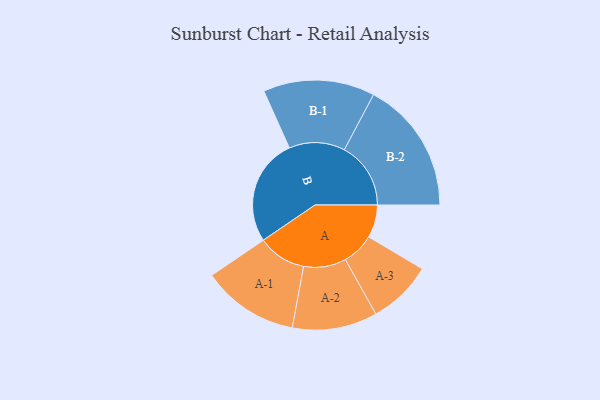
{"axis": {"x": "Segment", "y": "Value"}, "legend": ["", "A", "B"], "data": [{"x": "A", "y": 148, "type": ""}, {"x": "B", "y": 482, "type": ""}, {"x": "A-1", "y": 218, "type": "A"}, {"x": "A-2", "y": 191, "type": "A"}, {"x": "A-3", "y": 145, "type": "A"}, {"x": "B-1", "y": 251, "type": "B"}, {"x": "B-2", "y": 299, "type": "B"}]}